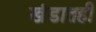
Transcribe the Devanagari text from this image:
खंडातही